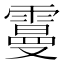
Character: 𩅍